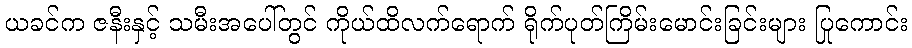
ယခင်က ဇနီးနှင့် သမီးအပေါ်တွင် ကိုယ်ထိလက်ရောက် ရိုက်ပုတ်ကြိမ်းမောင်းခြင်းများ ပြုကောင်း